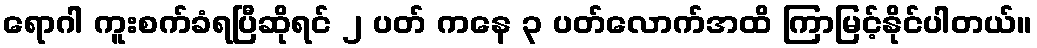
ရောဂါ ကူးစက်ခံရပြီဆိုရင် ၂ ပတ် ကနေ ၃ ပတ်လောက်အထိ ကြာမြင့်နိုင်ပါတယ်။